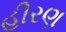
હીરણ